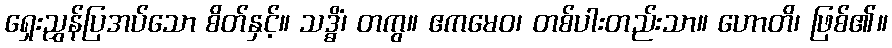
ရှေးညွှန်ပြအပ်သော စိတ်နှင့်။ သဒ္ဓိံ၊ တကွ။ ဧကမေဝ၊ တစ်ပါးတည်းသာ။ ဟောတိ၊ ဖြစ်၏။